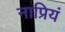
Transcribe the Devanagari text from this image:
नाप्रियं